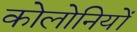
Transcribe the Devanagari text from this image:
कोलोनियों